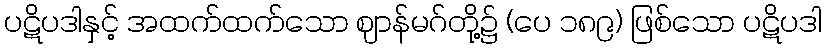
ပဋိပဒါနှင့် အထက်ထက်သော ဈာန်မဂ်တို့၌ (ပေ ၁၈၉) ဖြစ်သော ပဋိပဒါ